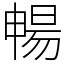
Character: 暢